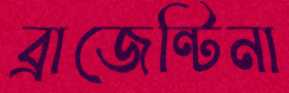
ব্রাজেন্টিনা